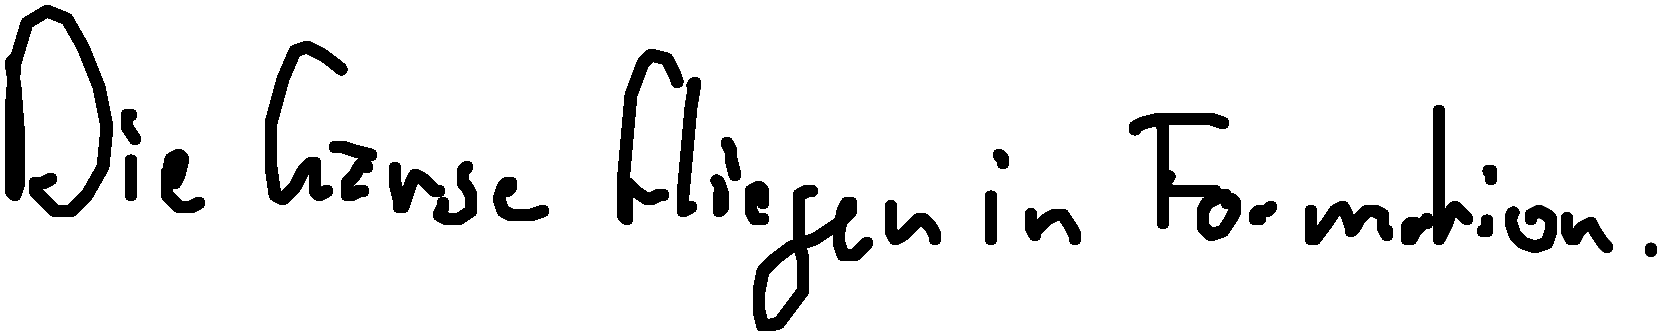
Die Gänse fliegen in Formation.